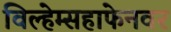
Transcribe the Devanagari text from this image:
विल्हेम्सहाफेनवर